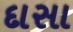
દાસા